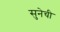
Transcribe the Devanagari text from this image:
सुनेची